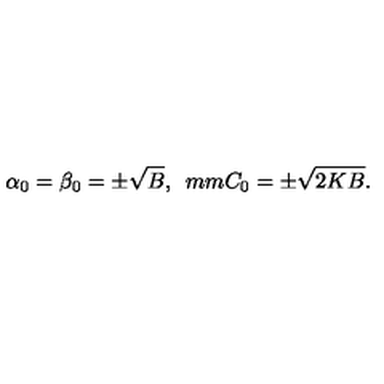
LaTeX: \alpha _ { 0 } = \beta _ { 0 } = \pm \sqrt { B } , \hspace * { 5 m m } C _ { 0 } = \pm \sqrt { 2 K B } .